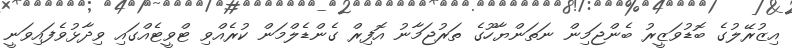
އިޒުރޭލުގެ ބޮޑުވަޒީރު ބެންޖަމިން ނަތަންޔާހޫގެ ތަރުޖަމާނު އޮފިރް ގެންޑެލްމަން ކުރެއްވި ޓްވީޓެއްގައި ވިދާޅުވެފައިވަނީ